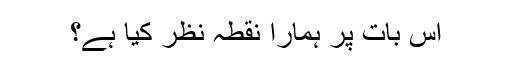
اس بات پر ہمارا نقطۂ نظر کیا ہے؟